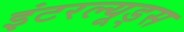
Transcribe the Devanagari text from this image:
इंटरल्यूड्स